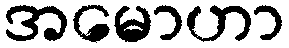
အမောဟာ